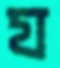
য